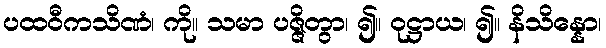
ပထဝီကသိဏံ၊ ကို။ သမာ ပဇ္ဇိတွာ၊ ၍။ ဝုဋ္ဌာယ၊ ၍။ နိသိန္နော၊